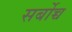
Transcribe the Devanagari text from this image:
सर्बोच्च